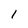
Character: 1